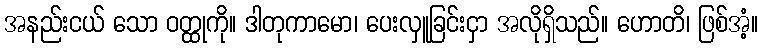
အနည်းငယ် သော ဝတ္ထုကို။ ဒါတုကာမော၊ ပေးလှူခြင်းငှာ အလိုရှိသည်။ ဟောတိ၊ ဖြစ်အံ့။